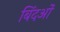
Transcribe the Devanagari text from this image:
बिंदओं